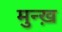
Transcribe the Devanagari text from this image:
मुन्ख़